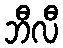
ဘီလီ